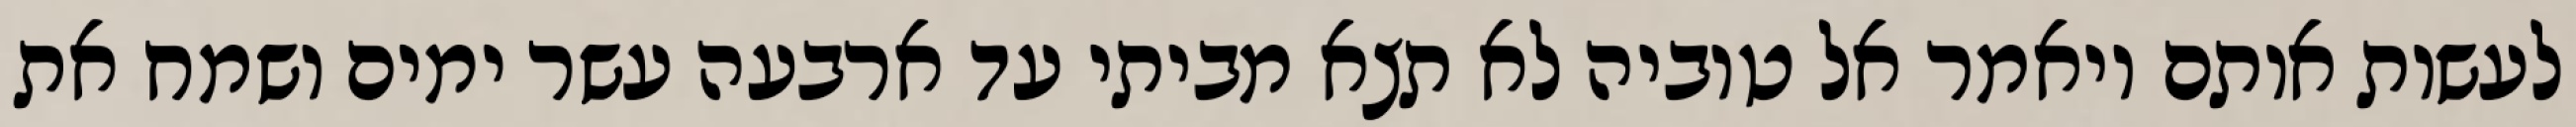
לעשות אותם ויאמר אל טוביה לא תצא מביתי עד ארבעה עשר ימים ושמח את